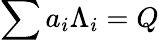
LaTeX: \sum a_{i}\Lambda_{i}=Q